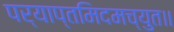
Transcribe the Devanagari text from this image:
पर्याप्तमिदमच्युत॥